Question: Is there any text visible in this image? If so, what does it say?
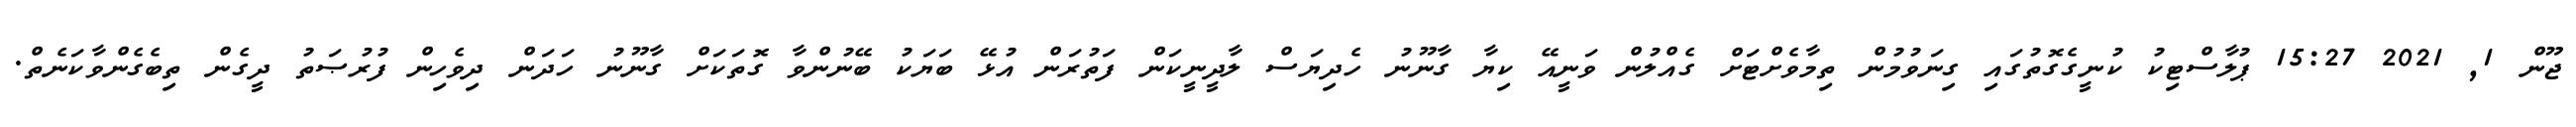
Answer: ޖޫން 1, 2021 15:27 ޕުލާސްޓިކު ކުނީގެގޮތުގައި ގިނަވުމުން ތިމާވެށްޓަށް ގެއްލުން ވަނީއޭ ކިޔާ ގާނޫނު ހެދިޔަސް ލާދީނީކަން ފަތުރަން އުޅޭ ބަޔަކު ބޭނުންވާ ގޮތަކަށް ގާނޫނު ހަދަން ދިވެހިން ފުރުޞަތު ދީގެން ތިބެގެންވާކަނެތް.